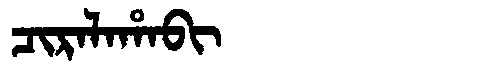
Manchu: ᠴᡳᡵᠠᠯᠠᡥᠠᠪᡳ
Romanization: CIRALAHABI